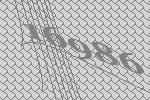
16986